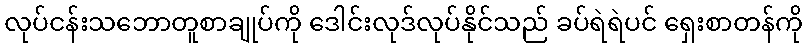
လုပ်ငန်းသဘောတူစာချုပ်ကို ဒေါင်းလုဒ်လုပ်နိုင်သည် ခပ်ရဲရဲပင် ရှေးစာတန်ကို